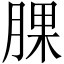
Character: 腂